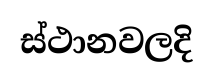
ස්ථානවලදි